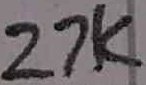
Text: 27K